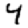
Digit: 4